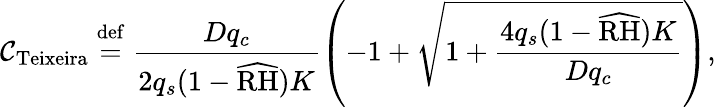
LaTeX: {\cal C}_{\mathrm{Teixeira}}\stackrel{\mathrm{def}}{=}\frac{Dq_{c}}{2q_{s}(1-\widehat{\mathrm{RH}})K}\left(-1+\sqrt{1+\frac{4q_{s}(1-\widehat{\mathrm{RH}})K}{Dq_{c}}}\right),